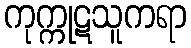
ကုက္ကုဋသူကရာ